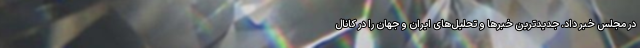
در مجلس خبر داد. جدیدترین خبرها و تحلیل‌های ایران و جهان را در کانال